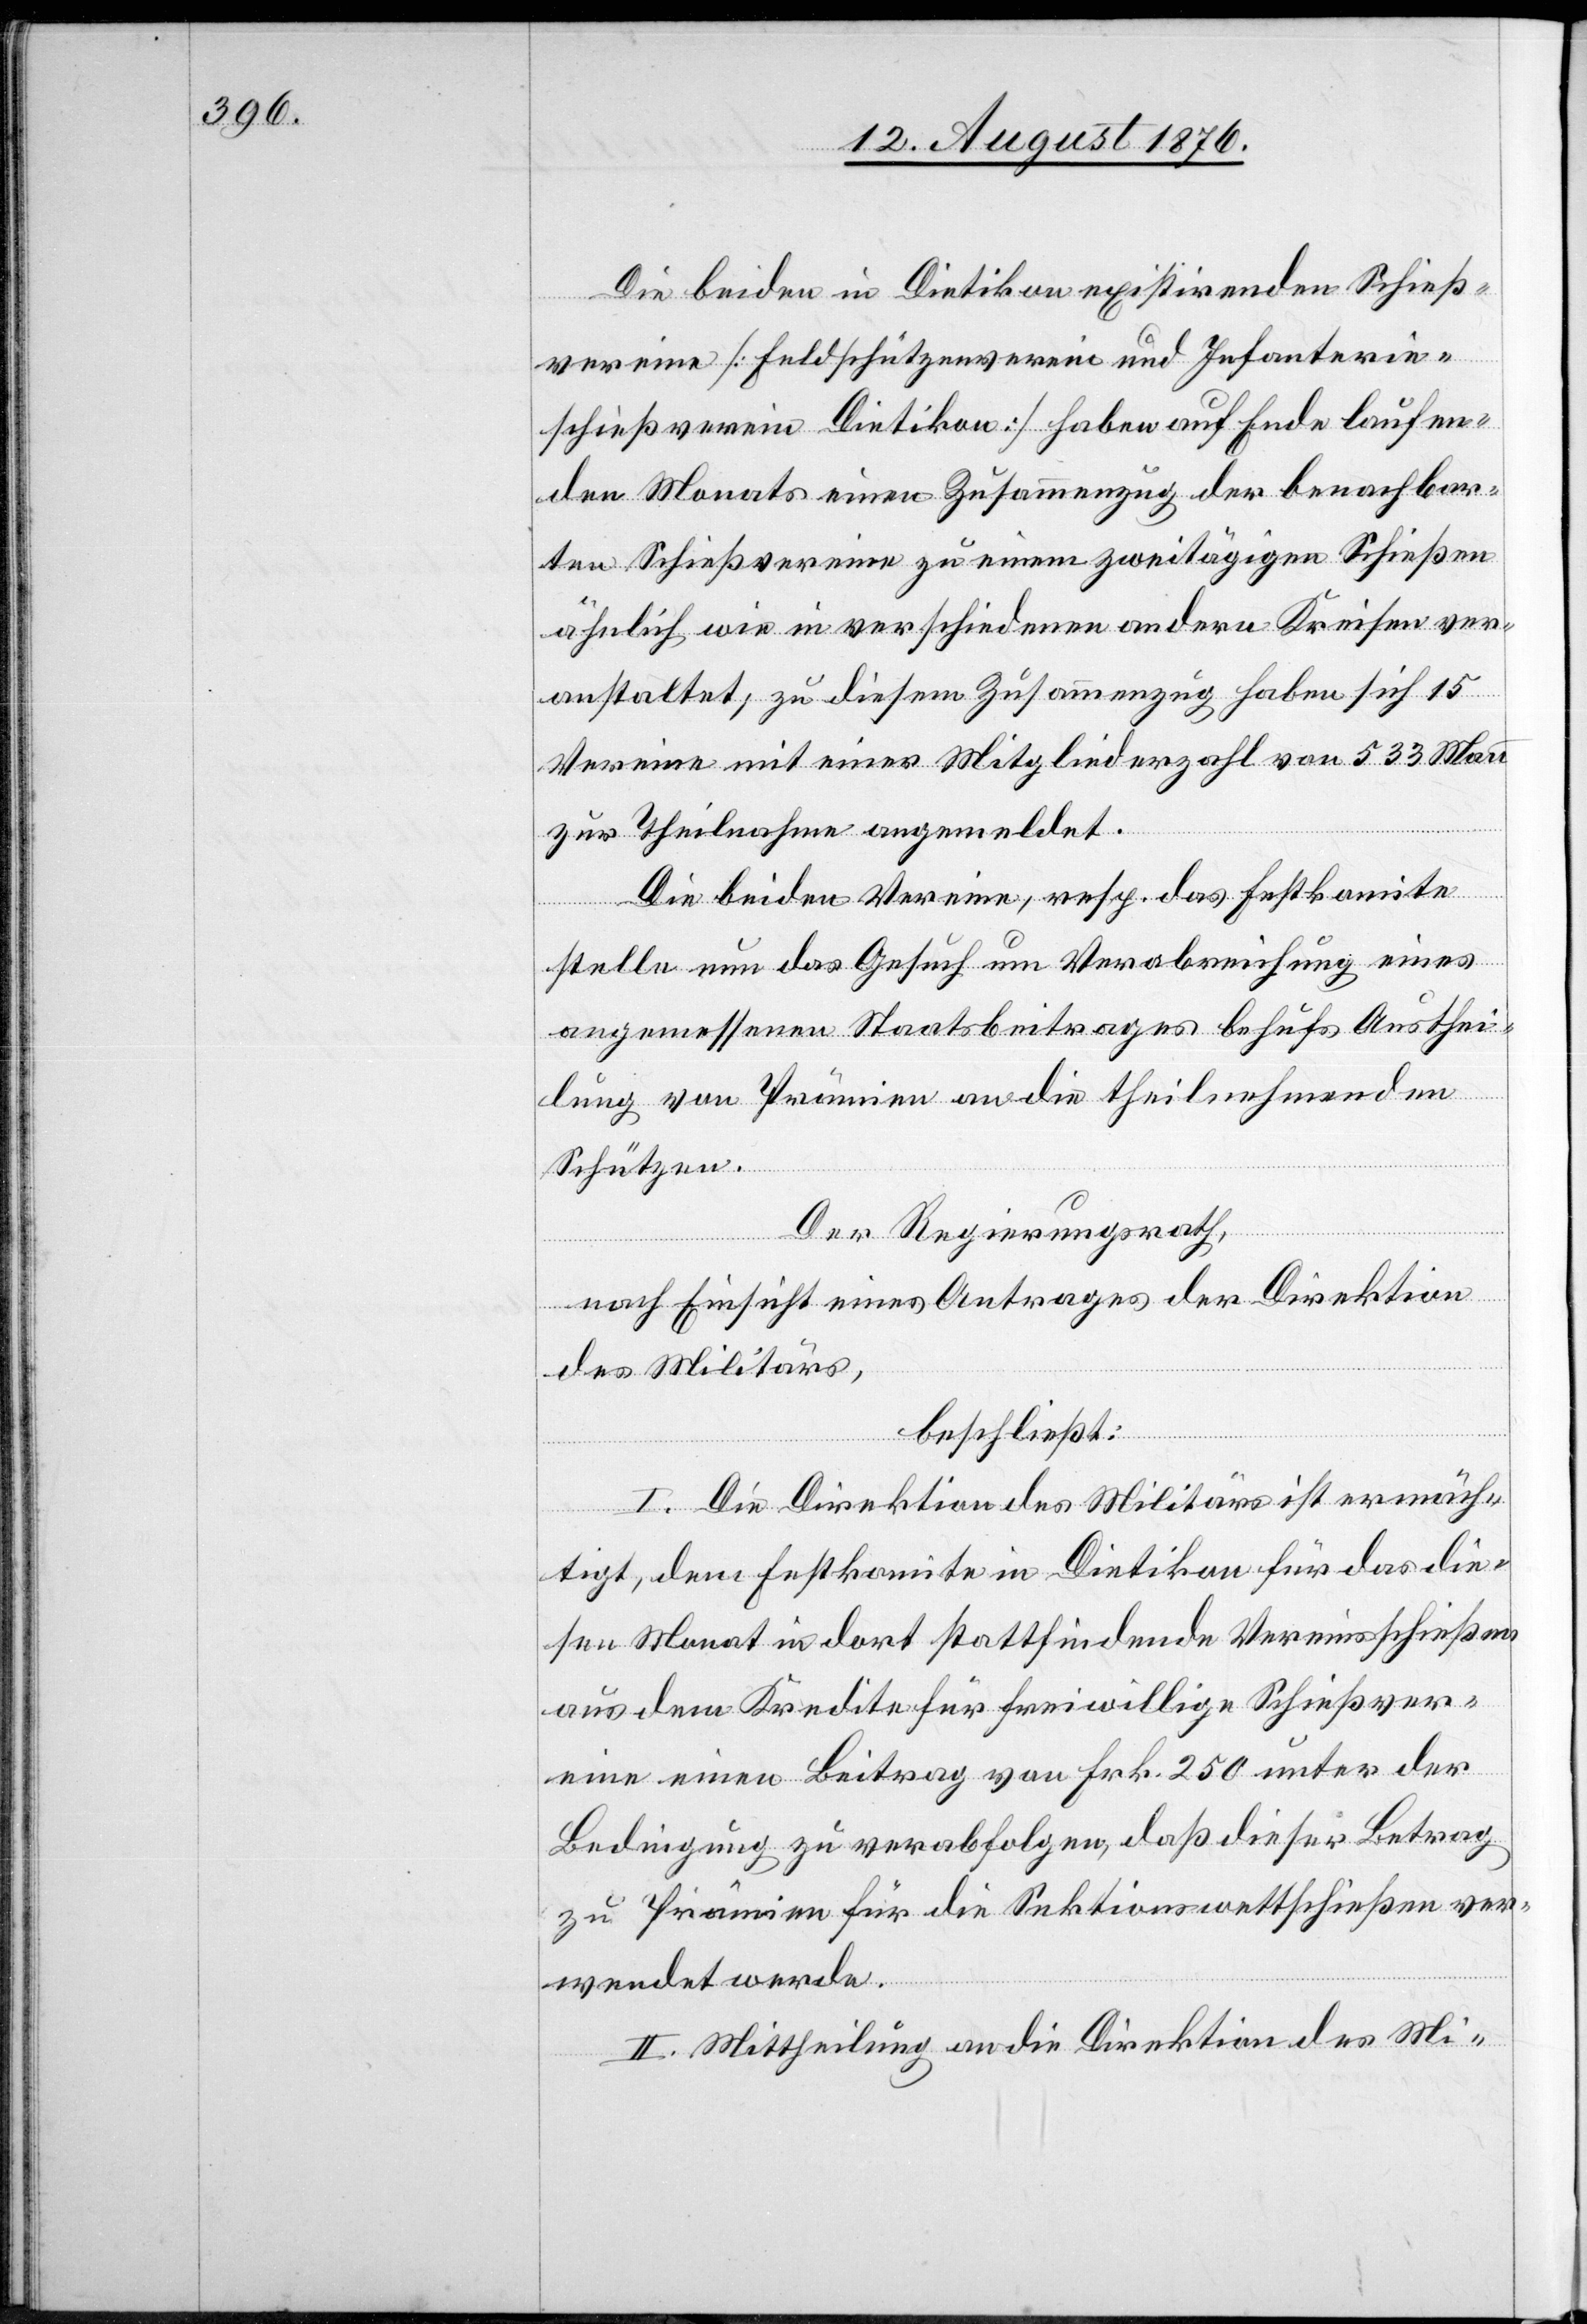
Die beiden in Dietikon existirenden Schieß¬
vereine [Feldschützenverein und Infanterie¬
schießverein Dietikon] haben auf Ende laufen¬
den Monats einen Zusammenzug der benachbar¬
ten Schießvereine zu einem zweitägigen Schießen
ähnlich wie in verschiedenen andern Kreisen ver¬
anstaltet, zu diesem Zusammenzug haben sich 15
Vereine mit einer Mitgliederzahl von 533 Mann
zur Theilnahme angemeldet.
Die beiden Vereine, resp. das Festkomite
stelle nun das Gesuch um Verabreichung eines
angemessenen Staatsbeitrages behufs Austhei¬
lung von Prämien an die theilnehmenden
Schützen.
Der Regierungsrath,
nach Einsicht eines Antrages der Direktion
des Militärs,
beschließt:
I. Die Direktion des Militärs ist ermäch¬
tigt, dem Festkomite in Dietikon für das die¬
sen Monat in dort stattfindende Vereinsschießen
aus dem Kredite für freiwillige Schießver¬
eine einen Beitrag von Frk. 250 unter der
Bedingung zu verabfolgen, daß dieser Betrag
zu Prämien für die Sektionswettschießen ver¬
wendet werde.
II. Mittheilung an die Direktion des Mi-